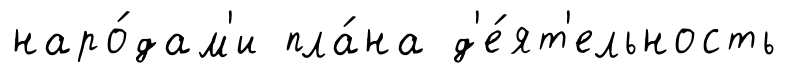
наро́дам'и пла́на д'е́ят'ельность